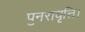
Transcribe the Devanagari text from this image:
पुनरावृत्ति।